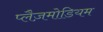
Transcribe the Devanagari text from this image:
प्लैज़मोडियम